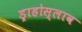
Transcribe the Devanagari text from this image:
ड्राहोस्लाव